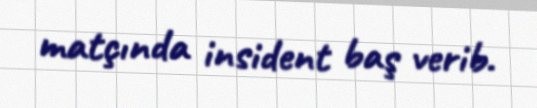
matçında insident baş verib.